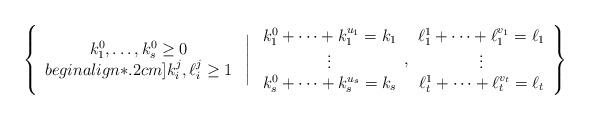
LaTeX: \begin{align*} \left\{ \begin{array}{c} k_1^0,\ldots,k_s^0\geq0\\begin{align*}.2cm]k_i^j,\ell_i^j\geq 1 \end{array} \ \Bigg|\ \begin{array}{c} k_1^0+\cdots+k_1^{u_1}=k_1\\ \vdots\\k_s^0+\cdots+k_s^{u_s}=k_s \end{array}, \begin{array}{c} \ell_1^1+\cdots+\ell_1^{v_1}=\ell_1\\ \vdots\\ \ell_t^1+\cdots+\ell_t^{v_t}=\ell_t \end{array} \right\} \end{align*}